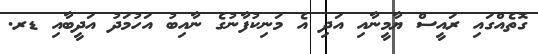
ގޮތެއްގައި ރައީސް ޔާމީނާއި އަދި އެ މަނިކުފާނުގެ ނާއިބު އަހުމަދު އަދީބާއި ޑރ.